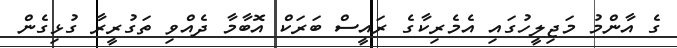
ގެ އާންމު މަޖިލީހުގައި އެމެރިކާގެ ރައީސް ބަރަކް އޮބާމާ ދެއްވި ތަގުރީރާ ގުޅިގެން